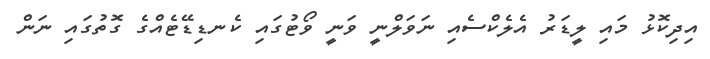
އިދިކޮޅު މައި ލީޑަރު އެލެކްސެއި ނަވަލްނީ ވަނީ ވޯޓުގައި ކެނޑިޑޭޓެއްގެ ގޮތުގައި ނަން